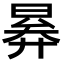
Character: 𣈠